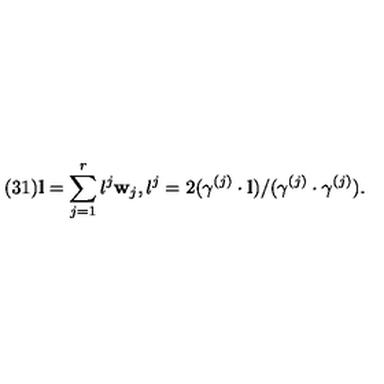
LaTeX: ( 3 1 ) { \bf l } = \sum _ { j = 1 } ^ { r } l ^ { j } { \bf w } _ { j } , l ^ { j } = 2 ( \gamma ^ { ( j ) } \cdot { \bf l } ) / ( \gamma ^ { ( j ) } \cdot \gamma ^ { ( j ) } ) .